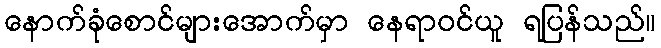
နောက်ခုံစောင်များအောက်မှာ နေရာဝင်ယူ ရပြန်သည်။